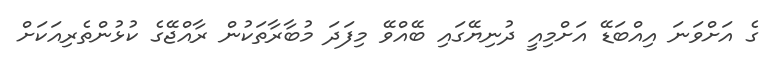
ގެ އަށްވަނަ އިއްބަޑޭ އަށްމިއީ ދުނިޔޭގައި ބޭއްވޭ މިފަދަ މުބާރާތަކުން ރާއްޖޭގެ ކުޅުންތެރިއަކަށް